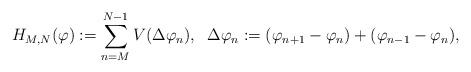
LaTeX: \begin{align*}H_{M,N}(\varphi):= \sum_{n=M}^{N-1}\limits V(\Delta\varphi_{n}),\;\; \Delta\varphi_{n}:= (\varphi_{n+1} -\varphi_{n})+(\varphi_{n-1} -\varphi_{n}),\end{align*}